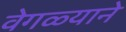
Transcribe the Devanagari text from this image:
वेगळ्याने